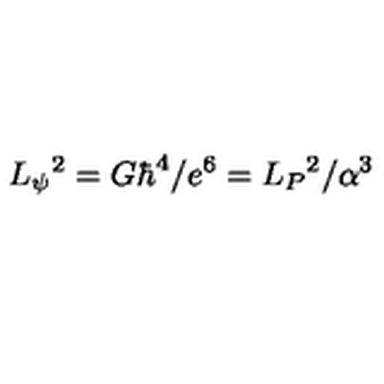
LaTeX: L _ { \psi } { } ^ { 2 } = G \hbar ^ { 4 } / e ^ { 6 } = L _ { P } { } ^ { 2 } / \alpha ^ { 3 }